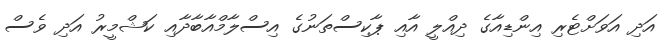
އަދި އަވަށްޓެރި އިންޑިއާގެ ދިއްލީ އާއި ޕާކިސްތަނުގެ އިސްލާމްއާބާދާއި ކަޝްމީރު އަދި ވެސް